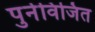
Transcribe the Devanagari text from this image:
पुर्नविजित